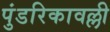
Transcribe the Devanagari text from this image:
पुंडरिकावल्ली